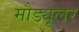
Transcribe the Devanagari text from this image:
मौड्यूलर